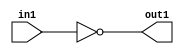
`timescale 1ps / 1ps
/*****************************************************************************
    Verilog RTL Description
    
    
    Created by: Stratus DpOpt 2019.1.01 
*******************************************************************************/

module GauFilter_Not_1U_1U_4 (
	in1,
	out1
	); /* architecture "behavioural" */ 
input  in1;
output  out1;
wire  asc001;

assign asc001 = 
	((~in1));

assign out1 = asc001;
endmodule

/* CADENCE  urX3Tw4= : u9/ySgnWtBlWxVPRXgAZ4Og= ** DO NOT EDIT THIS LINE ******/